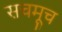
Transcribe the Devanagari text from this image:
सचमूच